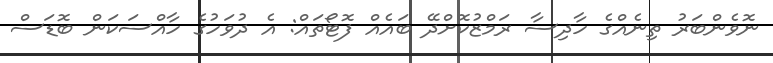
ނޮވެންބަރު ތިނެއްގެ ހާދިސާ ރަމްޒުކޮށްދޭ ބައެއް ފޮޓޯތައް: އެ ދުވަހުގެ ހާއްސަކަން ބޮޑަސް